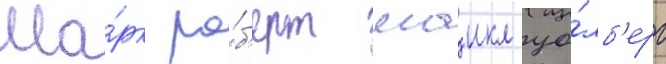
Ма́рк ро́б'ерт маикл уо́лб'ерг